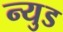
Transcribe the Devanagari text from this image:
न्युड